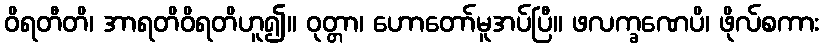
ဝိရတီတိ၊ အာရတိဝိရတိဟူ၍။ ဝုတ္တာ၊ ဟောတော်မူအပ်ပြီ။ ဖလက္ခဏေပိ၊ ဖိုလ်စကား